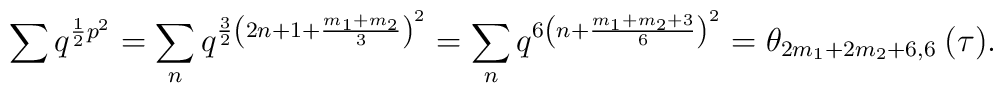
\sum q^{\frac{1}{2}p^2}=\sum_n q^{\frac{3}{2}\left(2n+1+\frac{m_1+m_2}{3}\right)^2}=\sum_n q^{6\left(n+\frac{m_1+m_2+3}{6}\right)^2}=\theta_{2m_1+2m_2+6,6}\:(\tau).